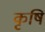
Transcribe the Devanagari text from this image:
कृषि